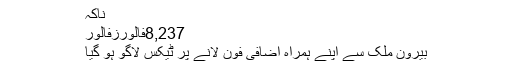
ناکہ
8,237فالورزفالور
بیرون ملک سے اپنے ہمراہ اضافی فون لانے پر ٹیکس لاگو ہو گیا